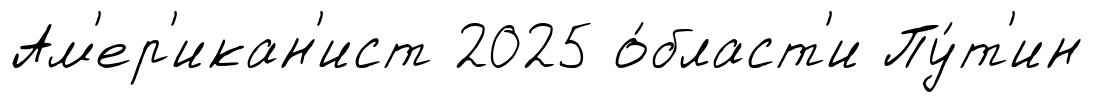
Ам'ер'икан'ист 2025 о́бласт'и Пу́т'ин